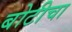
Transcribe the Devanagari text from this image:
बोटीचा